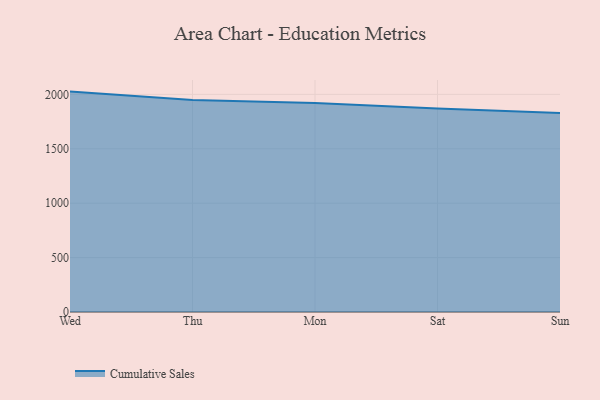
{"axis": {"x": "Day", "y": "Temperature (°C)"}, "legend": ["Cumulative Sales"], "data": [{"x": "Wed", "y": 2025.3, "type": "Cumulative Sales"}, {"x": "Thu", "y": 1948.2, "type": "Cumulative Sales"}, {"x": "Mon", "y": 1919.9, "type": "Cumulative Sales"}, {"x": "Sat", "y": 1869.3, "type": "Cumulative Sales"}, {"x": "Sun", "y": 1828.4, "type": "Cumulative Sales"}]}